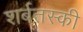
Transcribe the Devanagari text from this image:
शर्बतस्की